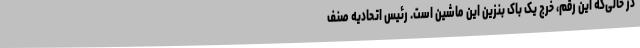
در حالی‌که این رقم، خرج یک باک بنزین این ماشین است. رئیس اتحادیه صنف